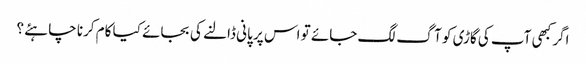
اگر کبھی آپ کی گاڑی کو آگ لگ جائے تو اس پر پانی ڈالنے کی بجائے کیا کام کرنا چاہئے ؟